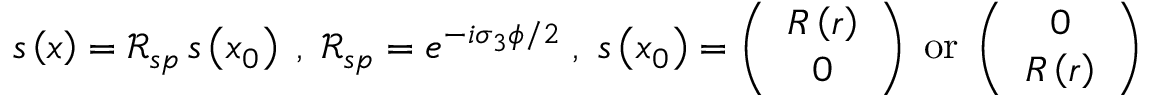
\begin{array} { r } { s \left( \boldsymbol { x } \right) = \mathcal { R } _ { s p } \, s \left( \boldsymbol { x } _ { 0 } \right) \; , \; \mathcal { R } _ { s p } = e ^ { - i \sigma _ { 3 } \phi / 2 } \; , \; s \left( \boldsymbol { x } _ { 0 } \right) = \left( \begin{array} { c } { R \left( r \right) } \\ { 0 } \end{array} \right) \; \mathrm { o r } \; \left( \begin{array} { c } { 0 } \\ { R \left( r \right) } \end{array} \right) } \end{array}